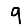
Digit: 9